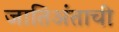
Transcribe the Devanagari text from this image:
जातिअंताची